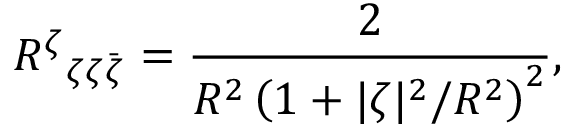
R ^ { \zeta } { } _ { \zeta \zeta \bar { \zeta } } = \frac { 2 } { R ^ { 2 } \left( 1 + { | \zeta | ^ { 2 } } / { R ^ { 2 } } \right) ^ { 2 } } ,